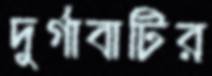
দুর্গাবাটির